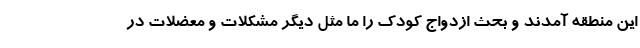
این منطقه آمدند و بحث ازدواج کودک را ما مثل دیگر مشکلات و معضلات در